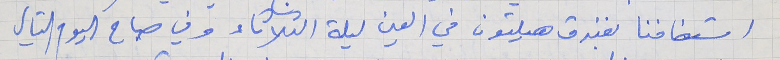
استضافنا بفندق هيلتون في العين ليلة الثلاثاء وفي صباح اليوم التالي